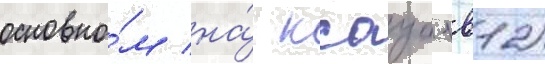
основно́м на́ ксауо 1в12)